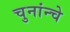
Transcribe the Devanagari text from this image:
चुनांन्चे